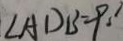
\angle A D B = 9 0 ^ { \circ }